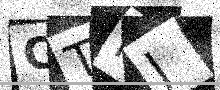
Text: CTNJ